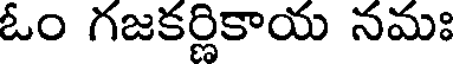
ఓం గజకర్ణికాయ నమః